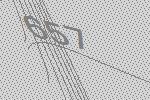
657